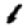
Digit: 1